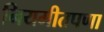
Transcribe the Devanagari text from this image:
नियमीतपणा